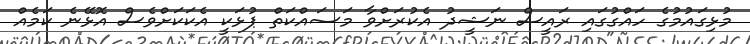
މުޅިގައުމުގެ ހައްގުގައި ރައީސް ނަޝީދު އެކުރަށްވާ މަސައްކަތް ޕުޅަކީ އެކަކަށްވެސް އޮޅޭނެ ކަމެއް